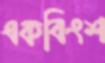
একবিংশ